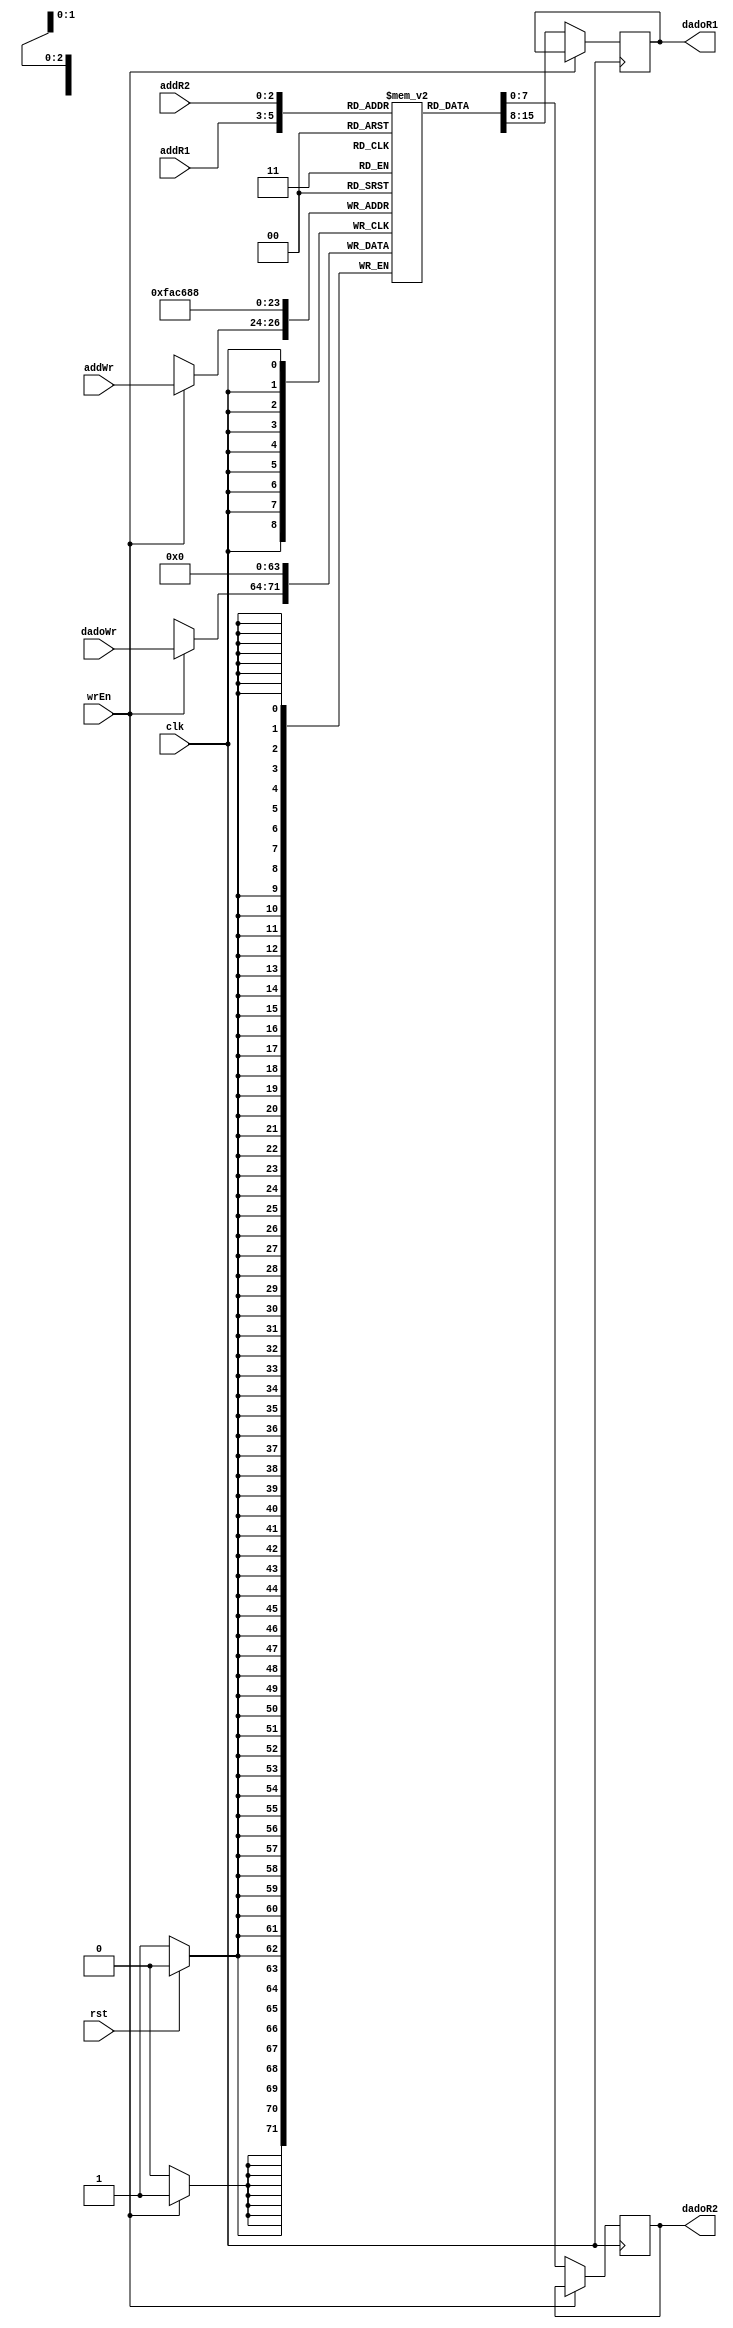
module bancoRegistradores(rst, clk, wrEn, addR1, addR2, addWr, dadoR1, dadoR2, dadoWr);
input clk, rst, wrEn;
input [2:0] addR1, addR2, addWr;
input [7:0] dadoWr;
output reg [7:0] dadoR1; 
output reg [7:0] dadoR2;

reg [7:0] registers [0:7];


always@(posedge clk)                //given clock rising performs the parameters
begin
	if (rst == 0) begin 					//if reset is in logical high level, registers will be filled
				registers[0]<=8'd0;
				registers[1]<=8'd0;
				registers[2]<=8'd0;
				registers[3]<=8'd0;
				registers[4]<=8'd0;
				registers[5]<=8'd0;
				registers[6]<=8'd0;
				registers[7]<=8'd0;
		end
  if(wrEn == 1)                    //if wrEn is active, the dadoWr will be written in addWr
    begin
	  registers[addWr] <= dadoWr;
    end
  else                             //if wrEn is not active, returns query addresses
    begin
	  dadoR1 <= registers[addR1];
	  dadoR2 <= registers[addR2];
	 end
end

endmodule